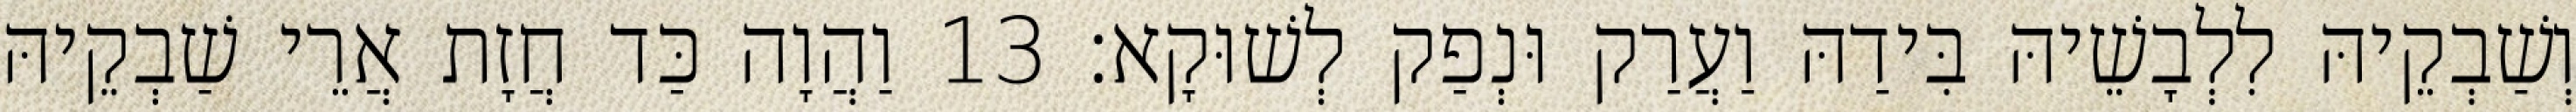
וְשַׁבְקֵיהּ לִלְבָשֵׁיהּ בִּידַהּ וַעֲרַק וּנְפַק לְשׁוּקָא׃ 13 וַהֲוָה כַּד חֲזָת אֲרֵי שַׁבְקֵיהּ